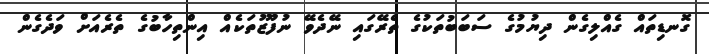
ގޮނޑިތައް ގެއްލިގެން ދިޔުމުގެ ސަބަބުތަކުގެ ތެރޭގައި ނޭދެވޭ ނުފޫޒުތަކެއް އިންތިހާބުގެ ތެރެއަށް ވަދެގެން